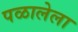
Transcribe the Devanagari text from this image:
पळालेला